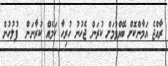
ރާއްޖެ އަމާންކޮށް ބޭއްވުމަށް ކުރަން ޖެހުނު ހުރިހާ ކަމެއް ކުރާނަން  ފުލުހުން